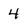
Character: 4